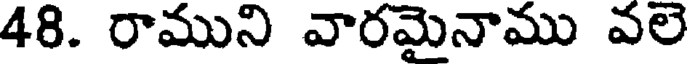
48. రాముని వారమైనాము వలె